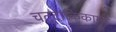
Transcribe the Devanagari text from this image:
चतुटांकिकाम्ल